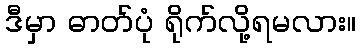
ဒီမှာ ဓာတ်ပုံ ရိုက်လို့ရမလား။